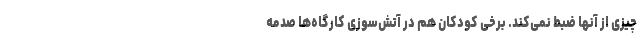
چیزی از آنها ضبط نمی‌کند. برخی کودکان هم در آتش‌سوزی کارگاه‌ها صدمه